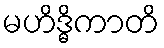
မဟိဒ္ဓိကာတိ